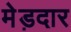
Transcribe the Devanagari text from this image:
मेड़दार